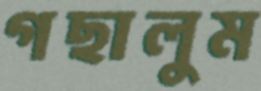
গছালুম